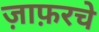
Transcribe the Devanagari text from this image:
ज़ाफ़रचे